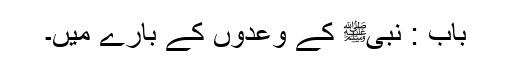
باب : نبیﷺ کے وعدوں کے بارے میں۔